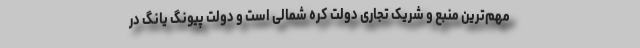
مهم‌ترین منبع و شریک تجاری دولت کره شمالی است و دولت پیونگ یانگ در